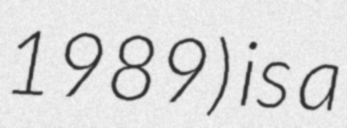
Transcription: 1989) is a